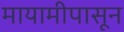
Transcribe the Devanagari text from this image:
मायामीपासून